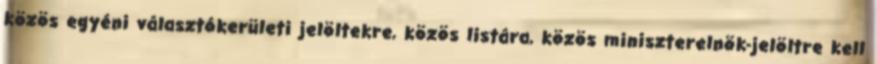
közös egyéni választókerületi jelöltekre, közös listára, közös miniszterelnök-jelöltre kell